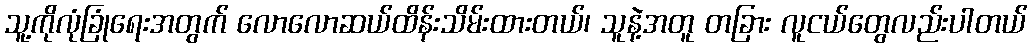
သူ့ကိုလုံခြုံရေးအတွက် လောလောဆယ်ထိန်းသိမ်းထားတယ်၊ သူနဲ့အတူ တခြား လူငယ်တွေလည်းပါတယ်